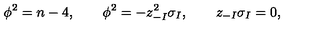
\phi ^ { 2 } = n - 4 , \qquad \phi ^ { 2 } = - z _ { - I } ^ { 2 } \sigma _ { I } , \qquad z _ { - I } \sigma _ { I } = 0 ,